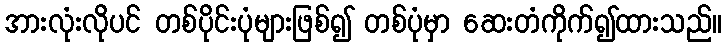
အားလုံးလိုပင် တစ်ပိုင်းပုံများဖြစ်၍ တစ်ပုံမှာ ဆေးတံကိုက်၍ထားသည်။